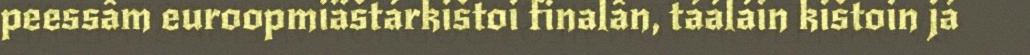
peessâm euroopmiäštárkištoi finalân, tááláin kištoin já